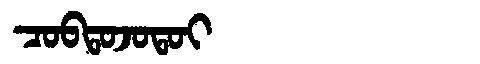
Manchu: ᠴᠣᠪᡨᠣᠵᠣᡨᠣᡳ
Romanization: COBTOJOTOI